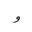
Letter: _waw